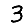
Digit: 3